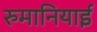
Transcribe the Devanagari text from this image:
रुमानियाई